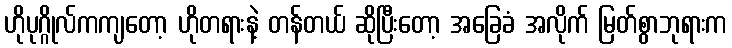
ဟိုပုဂ္ဂိုလ်ကကျတော့ ဟိုတရားနဲ့ တန်တယ် ဆိုပြီးတော့ အခြေခံ အလိုက် မြတ်စွာဘုရားက